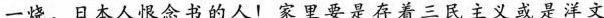
一烧。日本人恨念书的人！家里要是存着三民主义或是洋文